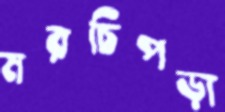
মরচিপড়া